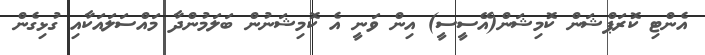
އެންޓި ކޮރަޕްޝަން ކޮމިޝަން(އޭސީސީ) އިން ވަނީ އެ ކޮމިޝަނުން ބަލަމުންދާ މައްސަލައަކާއި ގުޅިގެން